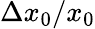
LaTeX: \Delta x_{0}/x_{0}